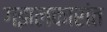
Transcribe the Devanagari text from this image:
गझलकारांत